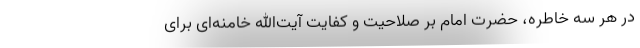
در هر سه خاطره، حضرت امام بر صلاحیت و کفایت آیت‌الله خامنه‌ای برای